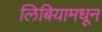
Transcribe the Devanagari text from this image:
लिबियामधून